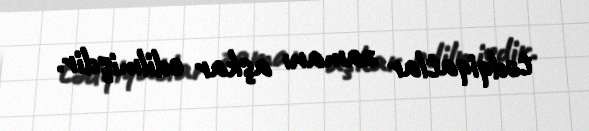
tədqiqatlar zamanı aşkar edilmişdir.